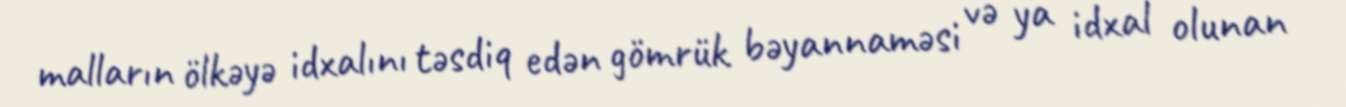
malların ölkəyə idxalını təsdiq edən gömrük bəyannaməsi və ya idxal olunan